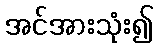
အင်အားသုံး၍